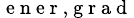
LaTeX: _\mathrm{~e~n~e~r~,~g~r~a~d~}